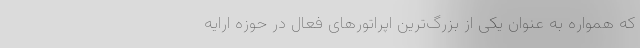
که همواره به عنوان یکی از بزرگ‌ترین اپراتورهای فعال در حوزه ارایه